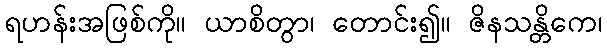
ရဟန်းအဖြစ်ကို။ ယာစိတွာ၊ တောင်း၍။ ဇိနသန္တိကေ၊